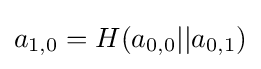
a_{1,0}=H(a_{0,0}||a_{0,1})